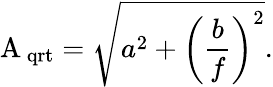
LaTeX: {\mathrm{A_{\, qrt}}}=\sqrt{a^{2}+\left(\frac{b}{f}\right)^{2}}.